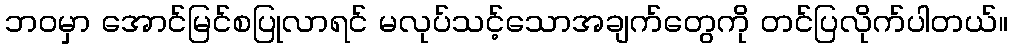
ဘဝမှာ အောင်မြင်စပြုလာရင် မလုပ်သင့်သောအချက်တွေကို တင်ပြလိုက်ပါတယ်။